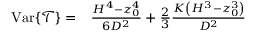
\begin{array} { r l } { \operatorname { V a r } \{ \mathcal { T } \} = } & { { } \frac { H ^ { 4 } - z _ { 0 } ^ { 4 } } { 6 D ^ { 2 } } + \frac { 2 } { 3 } \frac { K \left( H ^ { 3 } - z _ { 0 } ^ { 3 } \right) } { D ^ { 2 } } } \end{array}